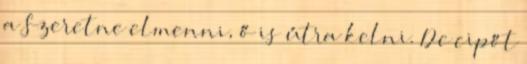
a Szeretne elmenni, ő is útra kelni. De cipőt